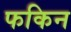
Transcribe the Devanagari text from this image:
फकिन